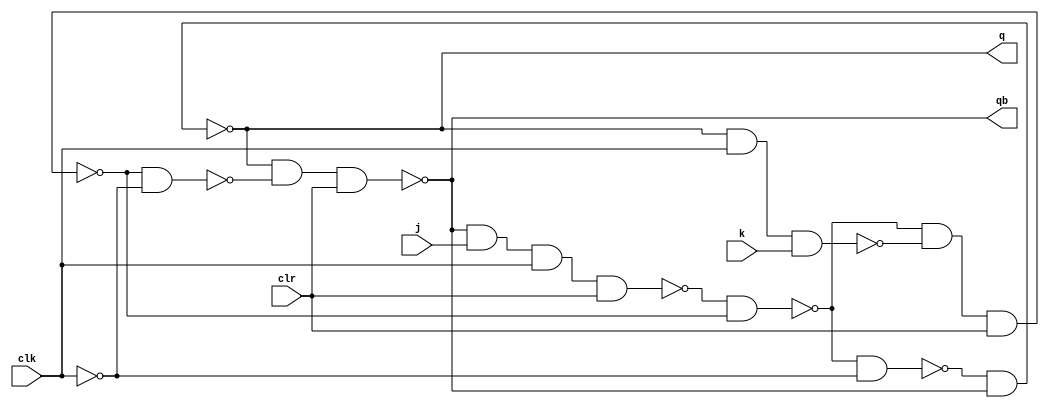
module jk_master_slv(q,qb,j,k,clr,clk);

output q,qb;
input j,k,clr,clk;
wire a,b,y,z,c,d,clkb;

nand(a,qb,j,clk,clr);
nand(b,q,clk,k);
nand(y,a,z);
nand(z,y,b,clr);

not(clkb,clk);

nand(c,y,clkb);
nand(d,z,clkb);
nand(q,c,qb);
nand(qb,q,d,clr);

endmodule

module up_downcounter(Q,QB,clr,clk,mode);

output [2:0]Q,QB;
input clk,clr,mode;
wire w1,w2,w3,w4,w5,w6;
reg j=1'b1,k=1'b1;

wire mode_b;
not(mode_b,mode);

jk_master_slv ms1(Q[0],QB[0],j,k,clr,clk);

and(w1,Q[0],mode_b);
and(w2,QB[0],mode);
or(w3,w1,w2);

jk_master_slv ms2(Q[1],QB[1],w3,w3,clr,clk);

and(w4,Q[1],w1);
and(w5,QB[1],w2);
or(w6,w4,w5);
jk_master_slv ms3(Q[2],QB[2],w6,w6,clr,clk);

endmodule